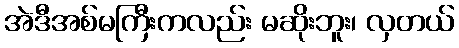
အဲဒီအစ်မကြီးကလည်း မဆိုးဘူး၊ လှတယ်